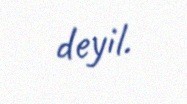
deyil.